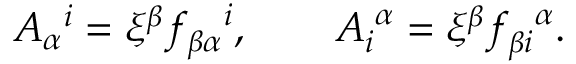
A _ { \alpha } ^ { \, \, \, \, i } = \xi ^ { \beta } f _ { \beta \alpha } ^ { \, \, \, \, \, \, \, i } , \, \, \, \, \, \, \, \, \, \, \, \, A _ { i } ^ { \, \, \alpha } = \xi ^ { \beta } f _ { \beta i } ^ { \, \, \, \, \, \alpha } .